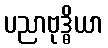
ပညာဗုဒ္ဓိယာ